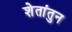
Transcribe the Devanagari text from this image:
शेतांतुन